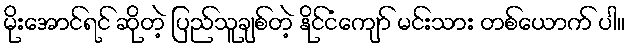
မိုးအောင်ရင် ဆိုတဲ့ ပြည်သူချစ်တဲ့ နိုင်ငံကျော် မင်းသား တစ်ယောက် ပါ။